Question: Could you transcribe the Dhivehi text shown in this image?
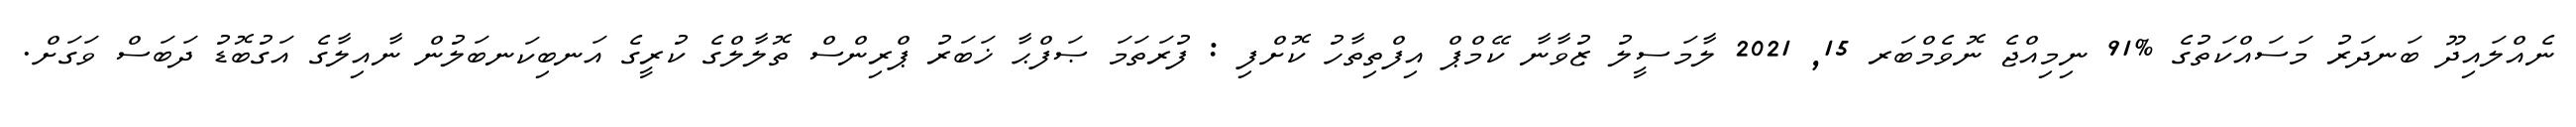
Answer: ނެއްލައިދޫ ބަނދަރު މަސައްކަތުގެ %91 ނިމިއްޖެ ނޮވެމްބަރ 15, 2021 ލާމަސީލު ޒުވާނާ ކޭމްޕް އިފްތިތާހު ކޮށްފި : ފުރަތަމަ ޞަފްޙާ ޚަބަރު ޕްރިންސް ތޮލާލްގެ ކުރީގެ އަނބިކަނބަލުން ނާއިލާގެ އަގުބޮޑު ދަބަސް ވަގަށް.